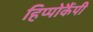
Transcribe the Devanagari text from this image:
हिप्पोकैंपी